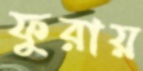
ফুরায়